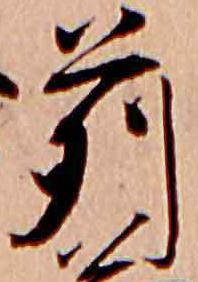
苅